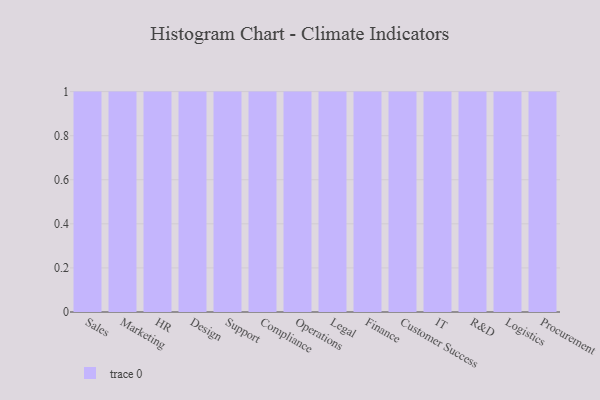
{"axis": {"x": "Department", "y": "Latency (ms)"}, "legend": [""], "data": [{"x": "Sales", "y": 17, "type": ""}, {"x": "Marketing", "y": 78, "type": ""}, {"x": "HR", "y": 68, "type": ""}, {"x": "Design", "y": 68, "type": ""}, {"x": "Support", "y": 48, "type": ""}, {"x": "Compliance", "y": 2, "type": ""}, {"x": "Operations", "y": 93, "type": ""}, {"x": "Legal", "y": 83, "type": ""}, {"x": "Finance", "y": 97, "type": ""}, {"x": "Customer Success", "y": 73, "type": ""}, {"x": "IT", "y": 53, "type": ""}, {"x": "R&D", "y": 5, "type": ""}, {"x": "Logistics", "y": 97, "type": ""}, {"x": "Procurement", "y": 66, "type": ""}]}